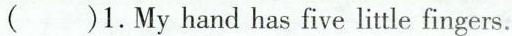
()1.My hand has five little fingers.